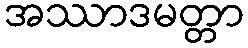
အဿာဒမတ္တာ